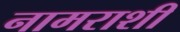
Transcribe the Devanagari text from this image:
नामराशी